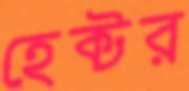
হেক্টর